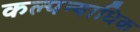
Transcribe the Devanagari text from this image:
कल्पन्याधिक